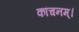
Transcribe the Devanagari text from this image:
कांचनम्।